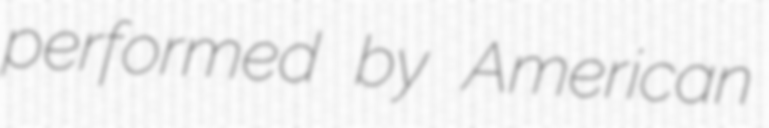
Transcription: performed by American